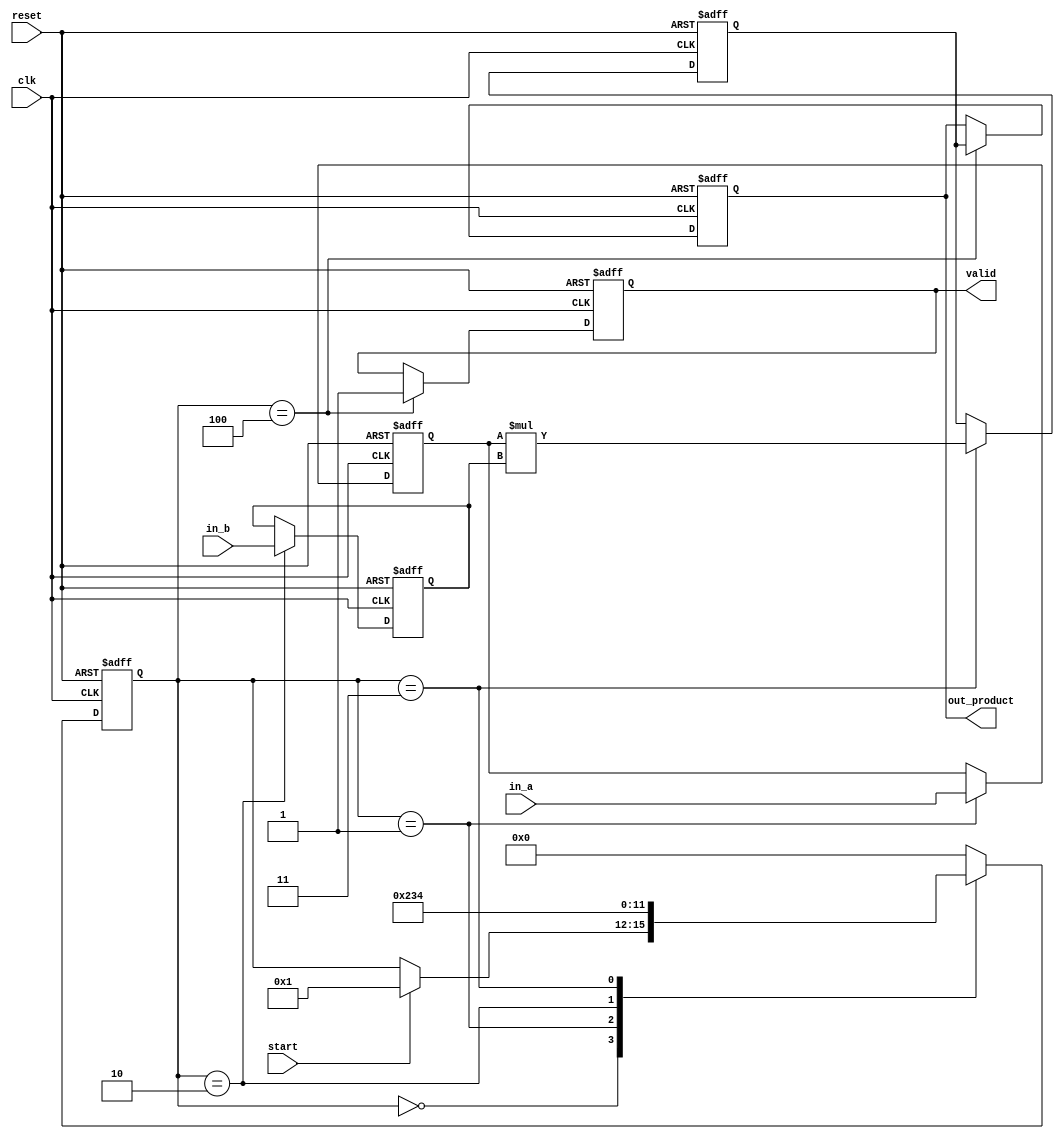
module streaming_multiplier (
    input  wire        clk,
    input  wire        reset,
    input  wire        start,
    input  wire [7:0]  in_a,   // assuming 8-bit multiplicand
    input  wire [7:0]  in_b,   // assuming 8-bit multiplicand
    output reg  [15:0] out_product, // 16-bit product
    output reg         valid
);

    reg [7:0] reg_a, reg_b; // Registers for input values
    reg [3:0] state;        // State variable
    reg [15:0] product_reg; // Register to hold the product
    reg [3:0] count;        // Counter for number of cycles to wait for valid output

    localparam IDLE       = 4'b0000,
               LOAD_A     = 4'b0001,
               LOAD_B     = 4'b0010,
               MULTIPLY   = 4'b0011,
               OUTPUT      = 4'b0100;

    // State machine to handle the multiplication process
    always @(posedge clk or posedge reset) begin
        if (reset) begin
            state <= IDLE;
            valid <= 0;
            out_product <= 16'b0;
            reg_a <= 8'b0;
            reg_b <= 8'b0;
            product_reg <= 16'b0;
            count <= 0;
        end else begin
            case (state)
                IDLE: begin
                    if (start) begin
                        state <= LOAD_A; // Start loading inputs
                    end
                end

                LOAD_A: begin
                    reg_a <= in_a; // Load first multiplicand
                    state <= LOAD_B;
                end
                
                LOAD_B: begin
                    reg_b <= in_b; // Load second multiplicand
                    state <= MULTIPLY;
                end
                
                MULTIPLY: begin
                    product_reg <= reg_a * reg_b; // Perform multiplication
                    state <= OUTPUT;
                end
                
                OUTPUT: begin
                    out_product <= product_reg; // Output the result
                    valid <= 1;                // Indicate the output is valid
                    state <= IDLE;             // Return to IDLE state
                end
                
                default: state <= IDLE; // Default case to return to IDLE
            endcase
        end
    end
endmodule